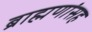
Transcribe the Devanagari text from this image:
ब्राह्मणांसह